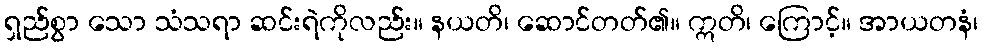
ရှည်စွာ သော သံသရာ ဆင်းရဲကိုလည်း။ နယတိ၊ ဆောင်တတ်၏။ ဣတိ၊ ကြောင့်။ အာယတနံ၊